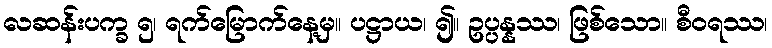
လဆန်းပက္ခ ၅၊ ရက်မြောက်နေ့မှ။ ပဋ္ဌာယ၊ ၍။ ဥပ္ပန္နဿ၊ ဖြစ်သော။ စီဝရဿ၊